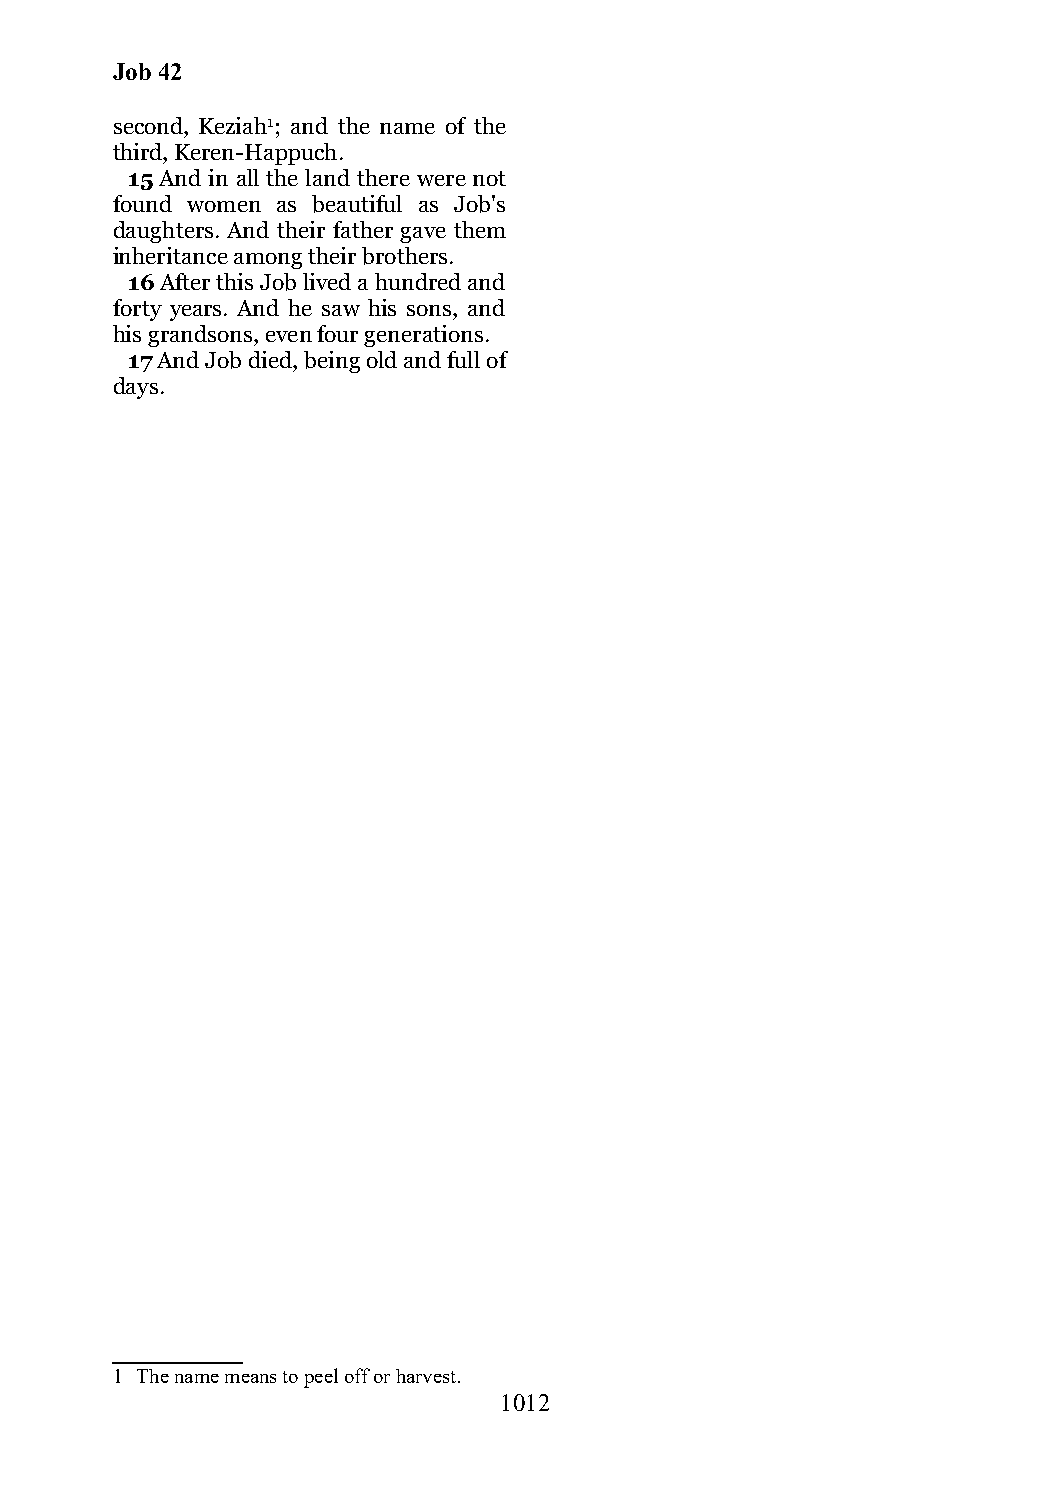
Job 42
 second, Keziah1; and the name of the
 third, Keren-Happuch.
 15 And in all the land there were not
 found women as beautiful as Job's
 daughters. And their father gave them
 inheritance among their brothers.
 16 After this Job lived a hundred and
 forty years. And he saw his sons, and
 his grandsons, even four generations.
 17 And Job died, being old and full of
 days.
 1 The name means to peel off or harvest.
 1012